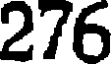
276